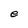
Character: e